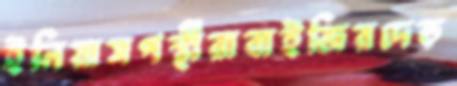
ইলিয়াসপন্থীরাবাইজিরদেড়